system: You are a helpful assistant.
user:
Analyze the provided spectrum to determine if it is a **"Cataclysmic Variables (CV)"**.

- **Key Indicators for CV (Check for either state):**
    - **State 1: Quiescent / Low-State (Emission-Dominated)**
        - **(Primary):** Strong and *very broad* Hydrogen Balmer emission lines (e.g., $H\alpha$ at 6563 Å, $H\beta$ at 4861 Å). The 'broadness' (high velocity dispersion, often FWHM > 1000 km/s) is the key diagnostic, indicating a high-velocity accretion disk.
        - **(Secondary):** Broad neutral Helium (He I) emission lines (e.g., 5876 Å, 6678 Å).
        - **(Key Confirmation):** Presence of high-excitation *ionized* Helium (He II) emission at 4686 Å. This is a strong indicator of accretion onto a white dwarf.
        - **(Line Profile):** Emission lines may exhibit a 'double-peaked' profile, which is a classic signature of a rotating accretion disk viewed at high inclination.

    - **State 2: Outburst / High-State (Absorption-Dominated)**
        - **(Primary):** Spectrum is dominated by a bright, blue continuum (looks like a hot star).
        - **(Secondary):** The emission lines from State 1 are weak, absent, or 'filled in', and are replaced by broad, shallow *absorption* lines (primarily Balmer and He I).
        - **(Morphology):** The overall spectrum mimics a hot B/A-type star. The crucial difference is that the absorption lines are significantly broader, shallower, and more 'washed-out' (or 'smeared') than the sharp lines of a normal stellar photosphere, due to high rotational speeds and pressure broadening in the disk.

Think first, call **spectral_visualization_tool** if needed to examine features in detail, then provide your final answer. Your response must adhere to the following strict rules:
1.  **Overall Structure:** Your response must follow the format `<think>...</think> <tool_call>...</tool_call> (if a tool is used) <answer>...</answer>`.
2.  **Tool Usage Constraint:** You may only make **one** tool call per turn.
3.  **Final Answer Format:** In the `<answer>` tag, your conclusion must be inside a `\boxed{}` command (e.g., `\boxed{YES}`), followed by your justification.

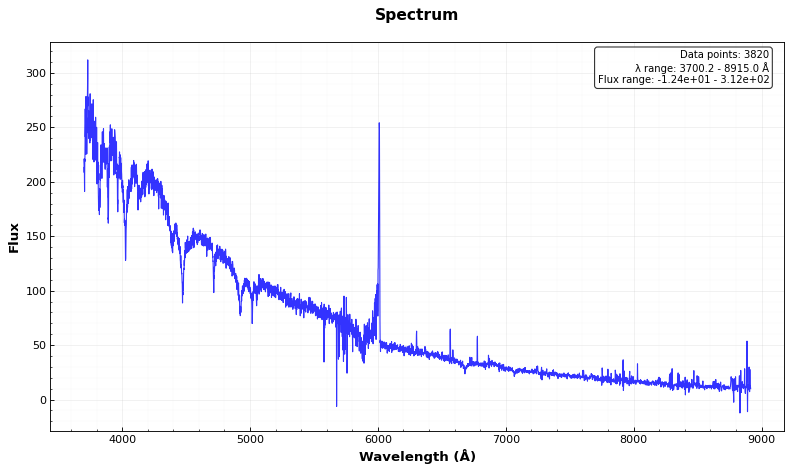
Answer: NO